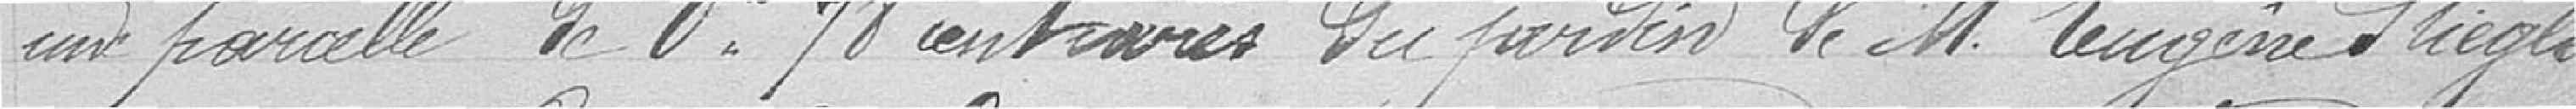
une parcelle de 0 hectare 78 centiares du jardin de monsieur Eugène Stiegler,